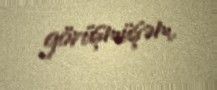
görüşmüşəm.